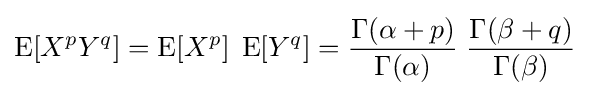
\operatorname {E} [X^{p}Y^{q}]=\operatorname {E} [X^{p}]\;\operatorname {E} [Y^{q}]={\frac {\Gamma (\alpha +p)}{\Gamma (\alpha )}}\;{\frac {\Gamma (\beta +q)}{\Gamma (\beta )}}